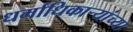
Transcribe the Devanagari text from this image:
धर्माधिकाऱ्यांच्या